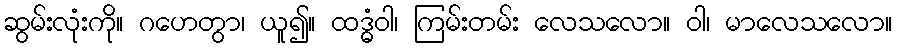
ဆွမ်းလုံးကို။ ဂဟေတွာ၊ ယူ၍။ ထဒ္ဓံဝါ၊ ကြမ်းတမ်း လေသလော။ ဝါ၊ မာလေသလော။